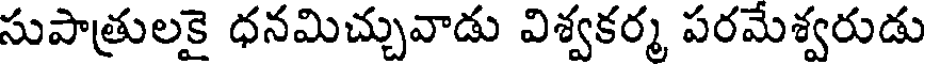
సుపాత్రులకై ధనమిచ్చువాడు విశ్వకర్మ పరమేశ్వరుడు